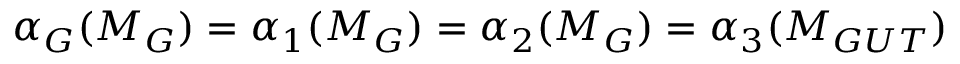
\alpha _ { G } ( M _ { G } ) = \alpha _ { 1 } ( M _ { G } ) = \alpha _ { 2 } ( M _ { G } ) = \alpha _ { 3 } ( M _ { G U T } )